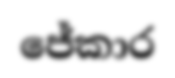
ජේකාර